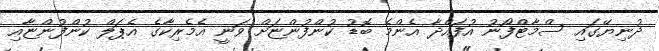
ދުނިޔޭގައި ސްމާޓްފޯނު އުފައްދާ އެންމެ ބޮޑު ކުންފުންޏަށް ވަނީ އެމެރިކާގެ އެޕަލް ކުންފުންޏާއި